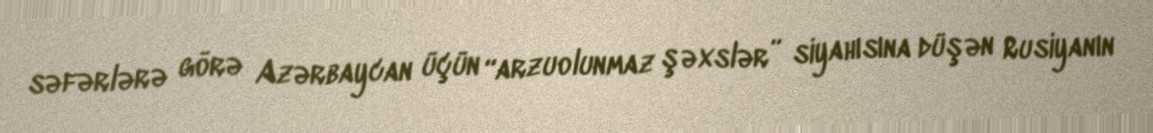
səfərlərə görə Azərbaycan üçün “arzuolunmaz şəxslər” siyahısına düşən Rusiyanın